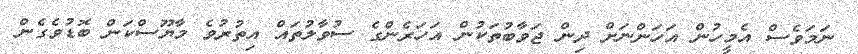
ނަމަވެސް އެމީހުން އަހަންނަށް ދިން ޖަވާބުތަކުން އަހަރެންގެ ސުވާލުތައް އިތުރުވެ މާޔޫސްކަން ބޮޑުވެގެން